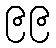
၉၉